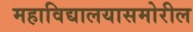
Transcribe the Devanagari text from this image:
महाविद्यालयासमोरील